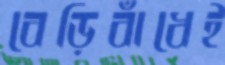
বেড়িবাঁধেই